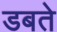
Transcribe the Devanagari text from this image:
डबते